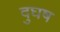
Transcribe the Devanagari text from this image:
दुघष